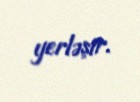
yerləşir.